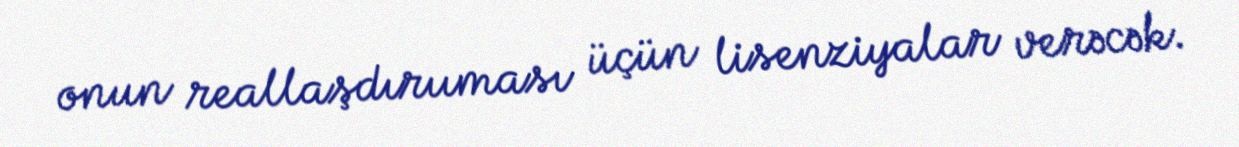
onun reallaşdırııması üçün lisenziyalar verəcək.